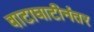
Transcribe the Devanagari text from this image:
वाटाघाटीनंतर